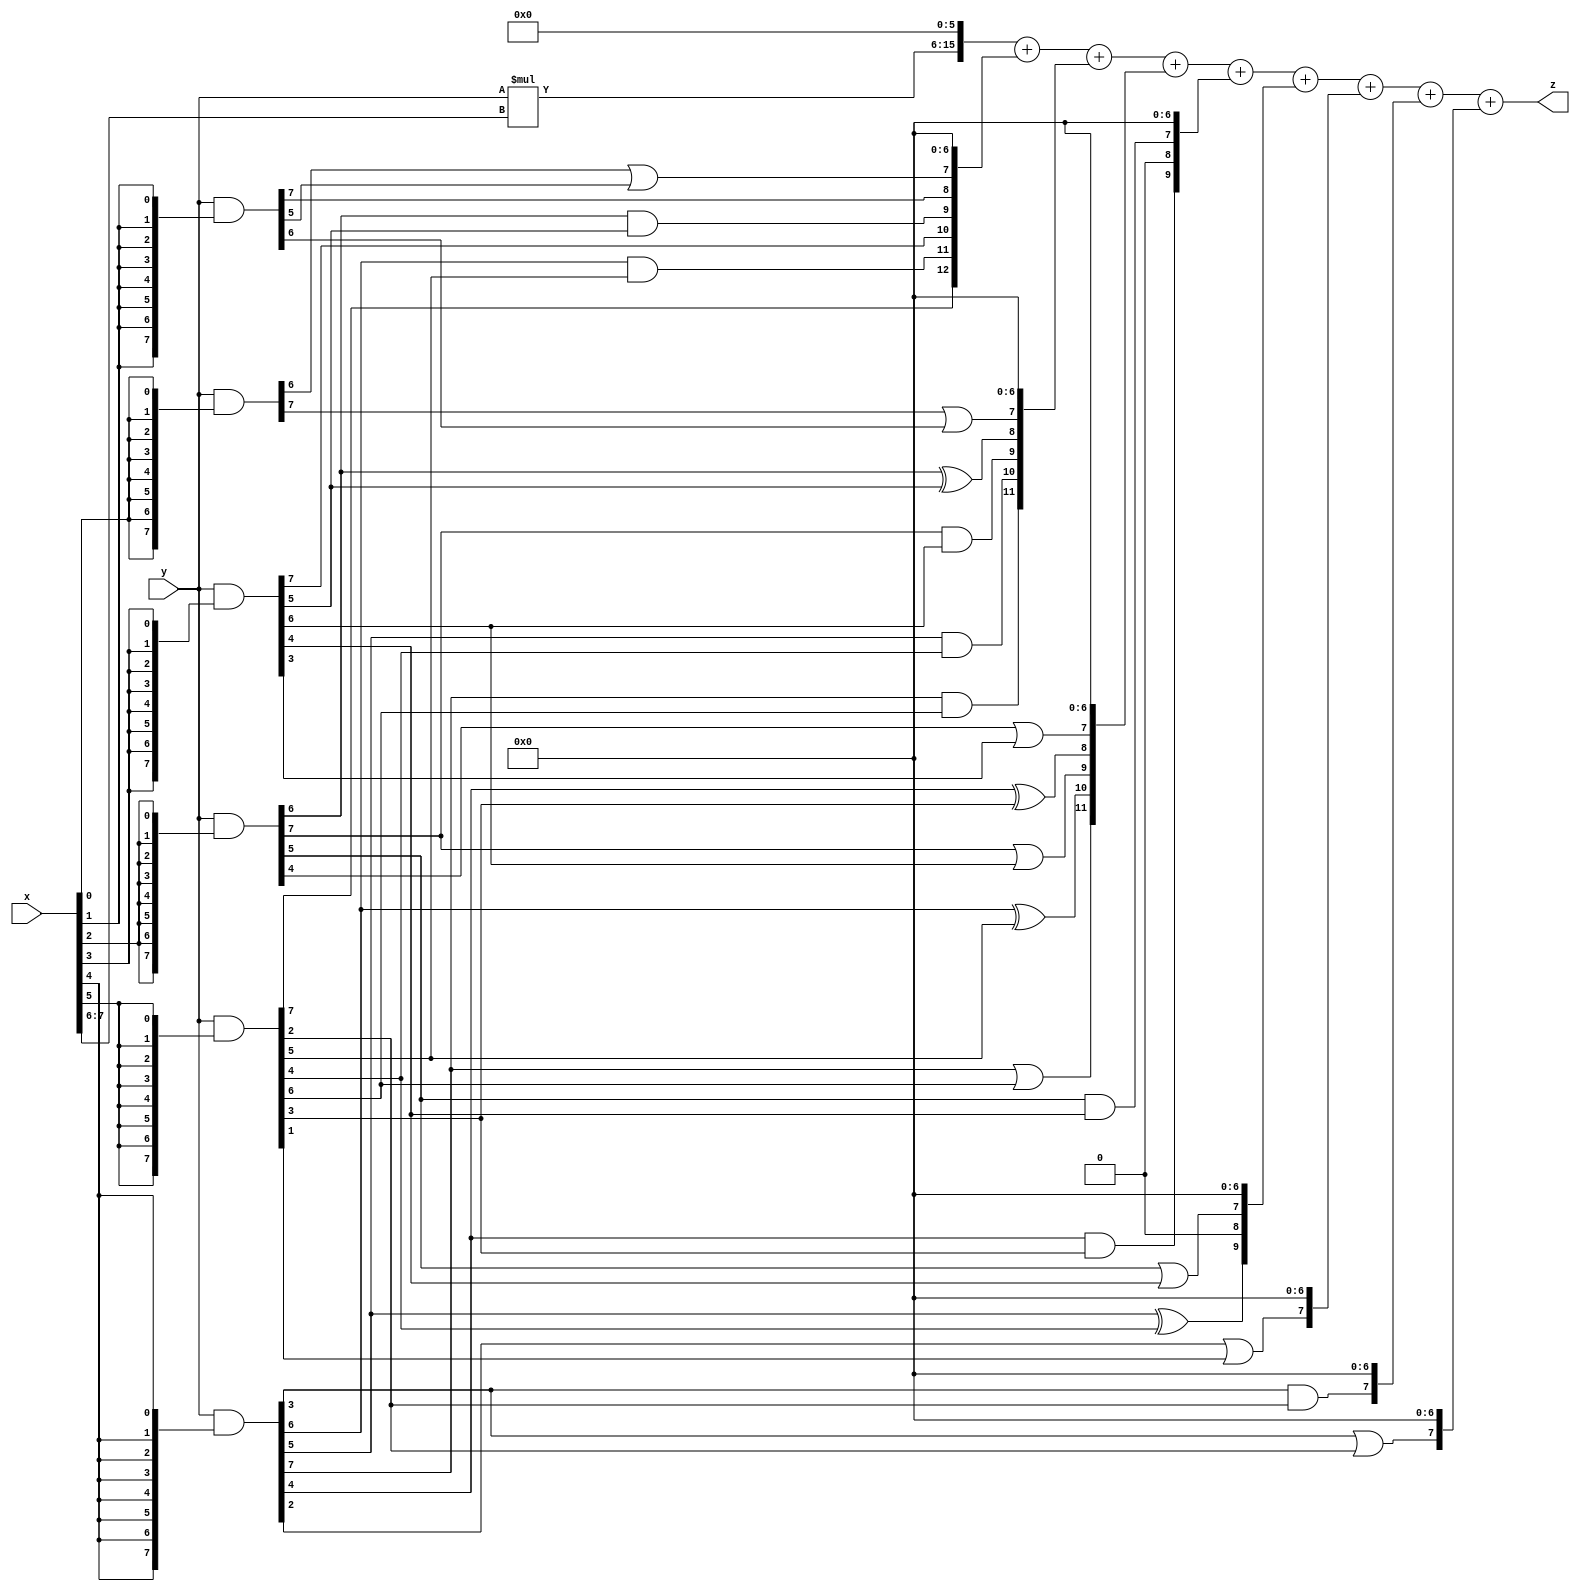
// terms: 23
// fval:  42062.25

module unsigned_8x8_l6_lamb1600_0 (
	input [7:0] x,
	input [7:0] y,
	output [15:0] z
);

wire [9:0] tmp_z = y*x[7:6];

wire [7:0] part1 =  y & {8{x[0]}};
wire [7:0] part2 =  y & {8{x[1]}};
wire [7:0] part3 =  y & {8{x[2]}};
wire [7:0] part4 =  y & {8{x[3]}};
wire [7:0] part5 =  y & {8{x[4]}};
wire [7:0] part6 =  y & {8{x[5]}};

wire [12:0] new_part1;
assign new_part1[0] = 0;
assign new_part1[1] = 0;
assign new_part1[2] = 0;
assign new_part1[3] = 0;
assign new_part1[4] = 0;
assign new_part1[5] = 0;
assign new_part1[6] = 0;
assign new_part1[7] = part1[6] | part2[5];
assign new_part1[8] = part2[7];
assign new_part1[9] = part3[6] & part4[5];
assign new_part1[10] = part4[7];
assign new_part1[11] = part5[6] & part6[5];
assign new_part1[12] = part6[7];

wire [11:0] new_part2;
assign new_part2[0] = 0;
assign new_part2[1] = 0;
assign new_part2[2] = 0;
assign new_part2[3] = 0;
assign new_part2[4] = 0;
assign new_part2[5] = 0;
assign new_part2[6] = 0;
assign new_part2[7] = part1[7] | part2[6];
assign new_part2[8] = part3[6] ^ part4[5];
assign new_part2[9] = part3[7] & part4[6];
assign new_part2[10] = part5[5] & part6[4];
assign new_part2[11] = part5[7] & part6[6];

wire [11:0] new_part3;
assign new_part3[0] = 0;
assign new_part3[1] = 0;
assign new_part3[2] = 0;
assign new_part3[3] = 0;
assign new_part3[4] = 0;
assign new_part3[5] = 0;
assign new_part3[6] = 0;
assign new_part3[7] = part3[4] | part4[3];
assign new_part3[8] = part5[4] ^ part6[3];
assign new_part3[9] = part3[7] | part4[6];
assign new_part3[10] = part5[6] ^ part6[5];
assign new_part3[11] = part5[7] | part6[6];

wire [9:0] new_part4;
assign new_part4[0] = 0;
assign new_part4[1] = 0;
assign new_part4[2] = 0;
assign new_part4[3] = 0;
assign new_part4[4] = 0;
assign new_part4[5] = 0;
assign new_part4[6] = 0;
assign new_part4[7] = part3[5] & part4[4];
assign new_part4[8] = 0;
assign new_part4[9] = part5[4] & part6[3];

wire [9:0] new_part5;
assign new_part5[0] = 0;
assign new_part5[1] = 0;
assign new_part5[2] = 0;
assign new_part5[3] = 0;
assign new_part5[4] = 0;
assign new_part5[5] = 0;
assign new_part5[6] = 0;
assign new_part5[7] = part3[5] | part4[4];
assign new_part5[8] = 0;
assign new_part5[9] = part5[5] ^ part6[4];

wire [7:0] new_part6;
assign new_part6[0] = 0;
assign new_part6[1] = 0;
assign new_part6[2] = 0;
assign new_part6[3] = 0;
assign new_part6[4] = 0;
assign new_part6[5] = 0;
assign new_part6[6] = 0;
assign new_part6[7] = part5[2] | part6[1];

wire [7:0] new_part7;
assign new_part7[0] = 0;
assign new_part7[1] = 0;
assign new_part7[2] = 0;
assign new_part7[3] = 0;
assign new_part7[4] = 0;
assign new_part7[5] = 0;
assign new_part7[6] = 0;
assign new_part7[7] = part5[3] & part6[2];

wire [7:0] new_part8;
assign new_part8[0] = 0;
assign new_part8[1] = 0;
assign new_part8[2] = 0;
assign new_part8[3] = 0;
assign new_part8[4] = 0;
assign new_part8[5] = 0;
assign new_part8[6] = 0;
assign new_part8[7] = part5[3] | part6[2];

assign z = {tmp_z, 6'd 0} + new_part1 + new_part2 + new_part3 + new_part4 + new_part5 + new_part6 + new_part7 + new_part8;
endmodule